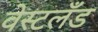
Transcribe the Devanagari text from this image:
वेस्टलँड